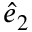
\boldsymbol { \hat { e } } _ { 2 }